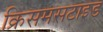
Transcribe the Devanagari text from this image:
क्रिसमसटाइड